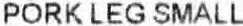
PORK LEG SMALL